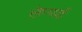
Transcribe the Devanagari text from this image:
लेप्पर्ड